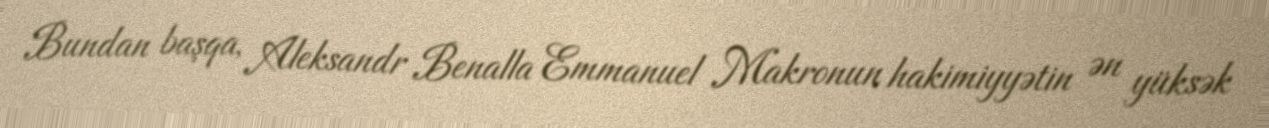
Bundan başqa, Aleksandr Benalla Emmanuel Makronun hakimiyyətin ən yüksək